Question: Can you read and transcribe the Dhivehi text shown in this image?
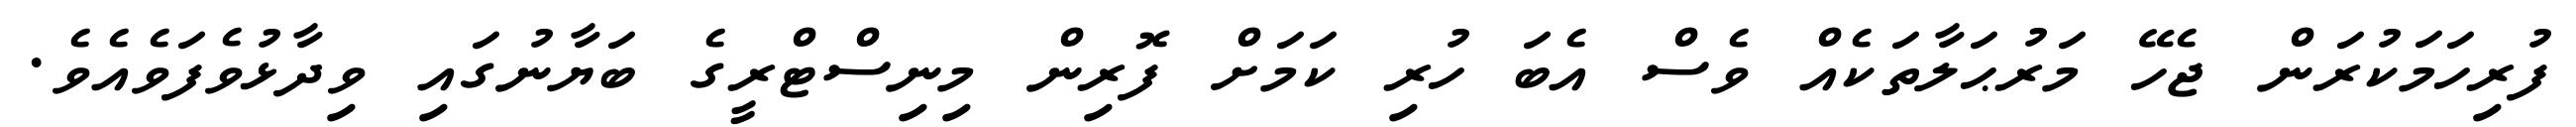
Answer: ފުރިހަމަކުރަން ޖެހޭ މަރުޙަލާތަކެއް ވެސް އެބަ ހުރި ކަމަށް ފޮރިން މިނިސްޓްރީގެ ބަޔާނުގައި ވިދާޅުވެފަވެއެވެ.